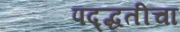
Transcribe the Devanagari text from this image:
पद्द्धतीचा